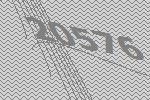
20576